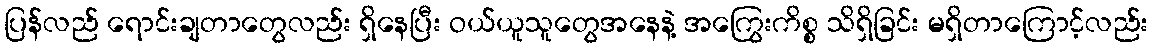
ပြန်လည် ရောင်းချတာတွေလည်း ရှိနေပြီး ဝယ်ယူသူတွေအနေနဲ့ အကြွေးကိစ္စ သိရှိခြင်း မရှိတာကြောင့်လည်း